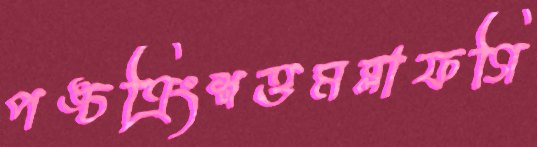
পঙ্চত্রিংশত্তমব্লাফগি